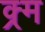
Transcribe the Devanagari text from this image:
क्र्म